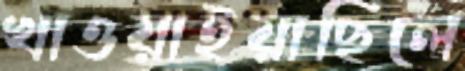
খাওয়াইয়াছিলে